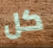
كل